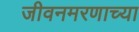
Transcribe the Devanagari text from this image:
जीवनमरणाच्या